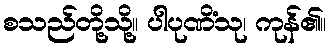
စသည်တို့သို့။ ပါပုဏိံသု၊ ကုန်၏။